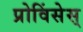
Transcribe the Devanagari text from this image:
प्रोविंसेस्